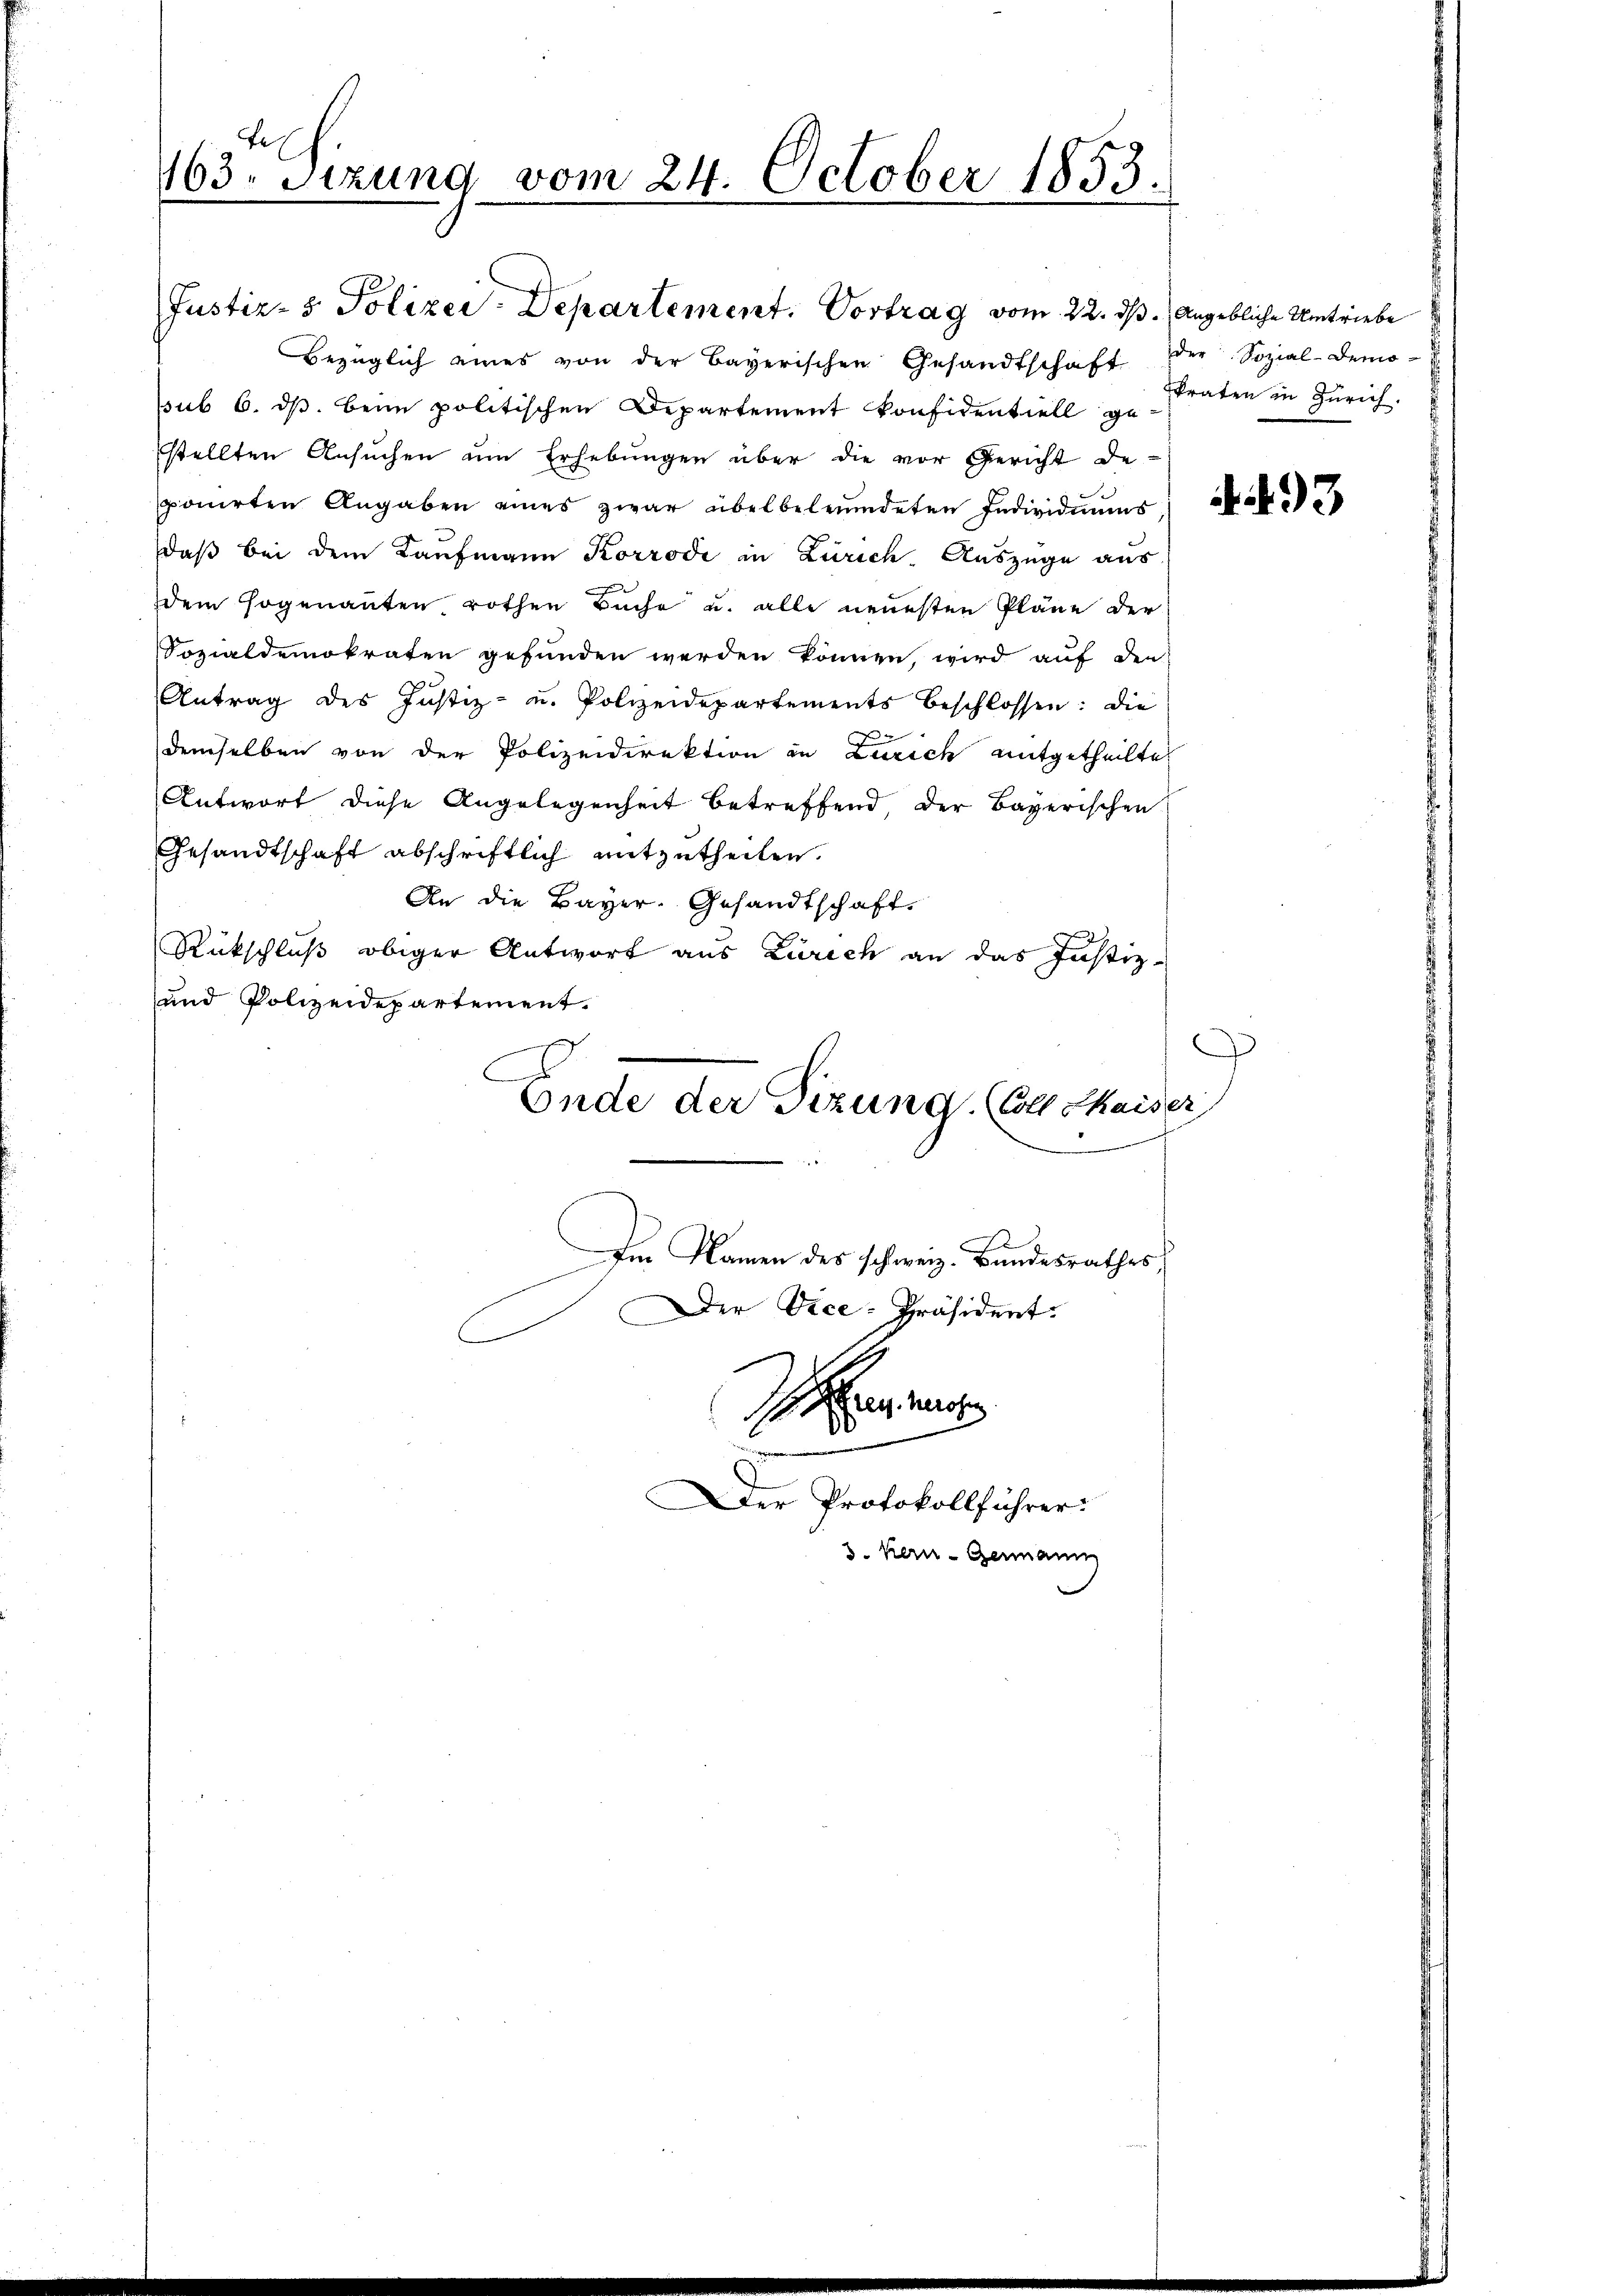
te
163. Sitzung vom 24. October 1853.

Bezüglich eines von der Bayerischen Gesandtschaft der Sozial-Demo-
ssub 6. ds. beim politischen Departement konfidentiell ge
stellten Ansŭchen um Erhebungen über die vor Gericht de
ponirten Angaben eines zwar übel begründeten Individuums
daß bei dem Kaufmann Korrodi in Zürich. Auszüge aus
dem sogenanten rothen Buche u. alle neuesten Pläne der
Sozialdemokraten gefunden werden können, wird auf den
Antrag des Justiz- u. Polizeidepartements beschlossen: die
e
demselben von der Polizeidirektion in Zürich mitgetheilte
Antwort diese Angelegenheit betreffend, der Bayerischen
Gesandtschaft abschriftlich mitzutheilen.
An die Bayer. Gesandtschaft
Rückschluß obiger Antwort aus Zürich an das Justiz-
und Polizeidepartement.
Ende der Sizung. (Colle Chaiser
Im Namen des schweiz. Bandesrathes,
Der Vice-Präsident.

Justiz- & Polizei-Departement. Vortrag vom 22. ds. Angebliche Umtriebe

Ihnen
Der Protokollführer:

3. Kern - Genann

kraten in Zürich.